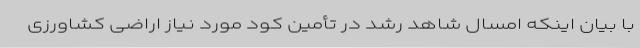
با بیان اینکه امسال شاهد رشد در تأمین کود مورد نیاز اراضی کشاورزی